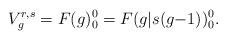
LaTeX: \begin{align*}V_g^{r,s} = F(g)_0^0 = F(g|s(g{-}1))_0^0.\end{align*}